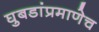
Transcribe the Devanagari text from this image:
घुबडांप्रमाणेच